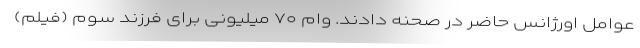
عوامل اورژانس حاضر در صحنه دادند. وام ۷۰ میلیونی برای فرزند سوم (فیلم)